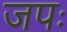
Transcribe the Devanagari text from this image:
जपः